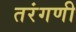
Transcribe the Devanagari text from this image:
तरंगणी